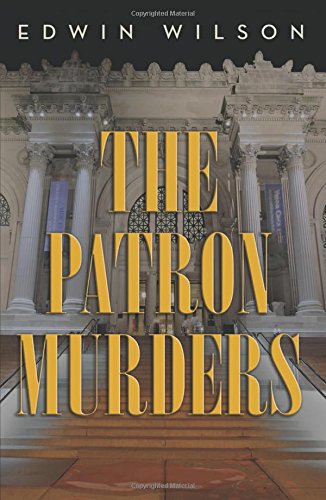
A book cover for The Patron Murders; Edwin Wilson; Mystery, Thriller & Suspense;